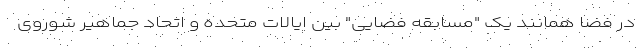
در فضا همانند یک "مسابقه فضایی" بین ایالات متحده و اتحاد جماهیر شوروی